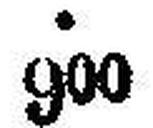
900